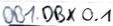
Text: DB1.DBX 0.1